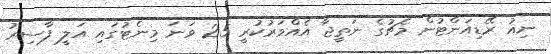
ނިއު ރޭޑިއަންޓުން މެޗުގެ ނަތީޖާ އެއްވަރުކުރީ 25 ވަނަ މިނެޓުގައި އަލީ ފާސިރު